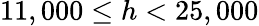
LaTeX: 11,000\leq h<25,000